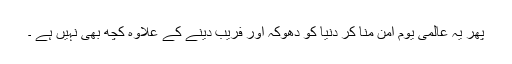
پھر یہ عالمی یوم امن منا کر دنیا کو دھوکہ اور فریب دینے کے علاوہ کچھ بھی نہیں ہے ۔